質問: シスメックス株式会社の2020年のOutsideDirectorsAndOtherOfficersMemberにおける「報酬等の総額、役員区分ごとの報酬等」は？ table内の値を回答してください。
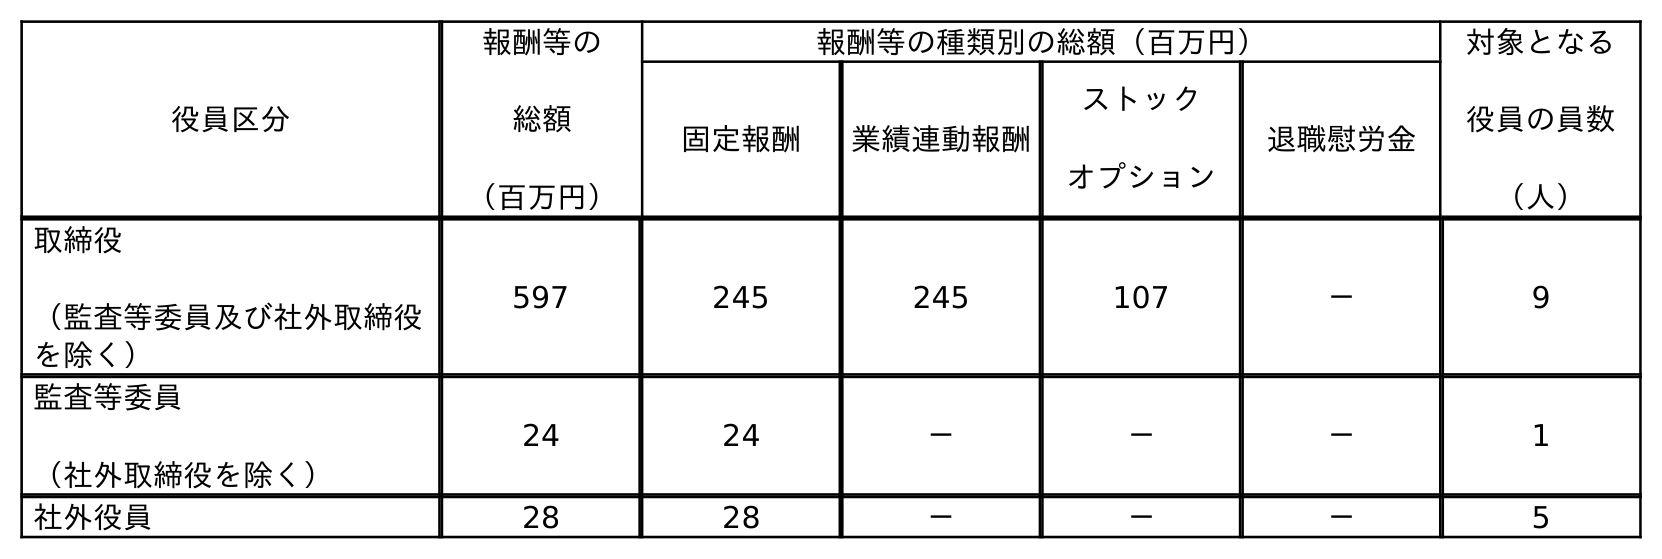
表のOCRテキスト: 役員区分 報酬等の 総額 （百万円） 報酬等の種類別の総額（百万円） 対象となる 役員の員数 （人） 固定報酬 業績連動報酬 ストック オプション 退職慰労金 取締役 （監査等委員及び社外取締役 を除く） 597 245 245 107 － 9 監査等委員 （社外取締役を除く） 24 24 － － － 1 社外役員 28 28 － － － 5
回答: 28